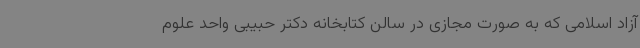
آزاد اسلامی که به صورت مجازی در سالن کتابخانه دکتر حبیبی واحد علوم